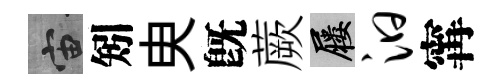
宙矧㬰旣蕨屨汩𡩋